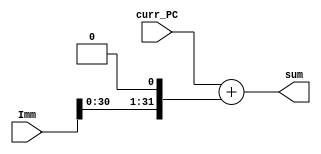
`default_nettype none
`timescale 1ns / 1ps

module B_adder(
    input wire[31:0] curr_PC,Imm,
    output wire[31:0] sum
    );
    
    assign sum = curr_PC + (Imm << 1);
endmodule